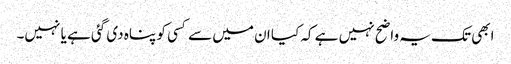
ابھی تک یہ واضح نہیں ہے کہ کیا ان میں سے کسی کو پناہ دی گئی ہے یا نہیں۔